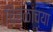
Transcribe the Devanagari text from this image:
चितळांच्या